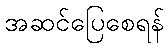
အဆင်ပြေစေရန်